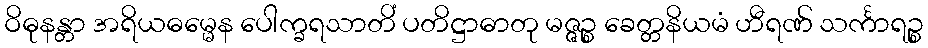
ဝိဓုနန္တာ အရိယဓမ္မေန ပေါက္ခရသာတိံ ပတိဋ္ဌာဓာတု မဇ္ဇဉ္စ ခေတ္တနိယမံ ဟီရဏ် သင်္ကာရဉ္စ